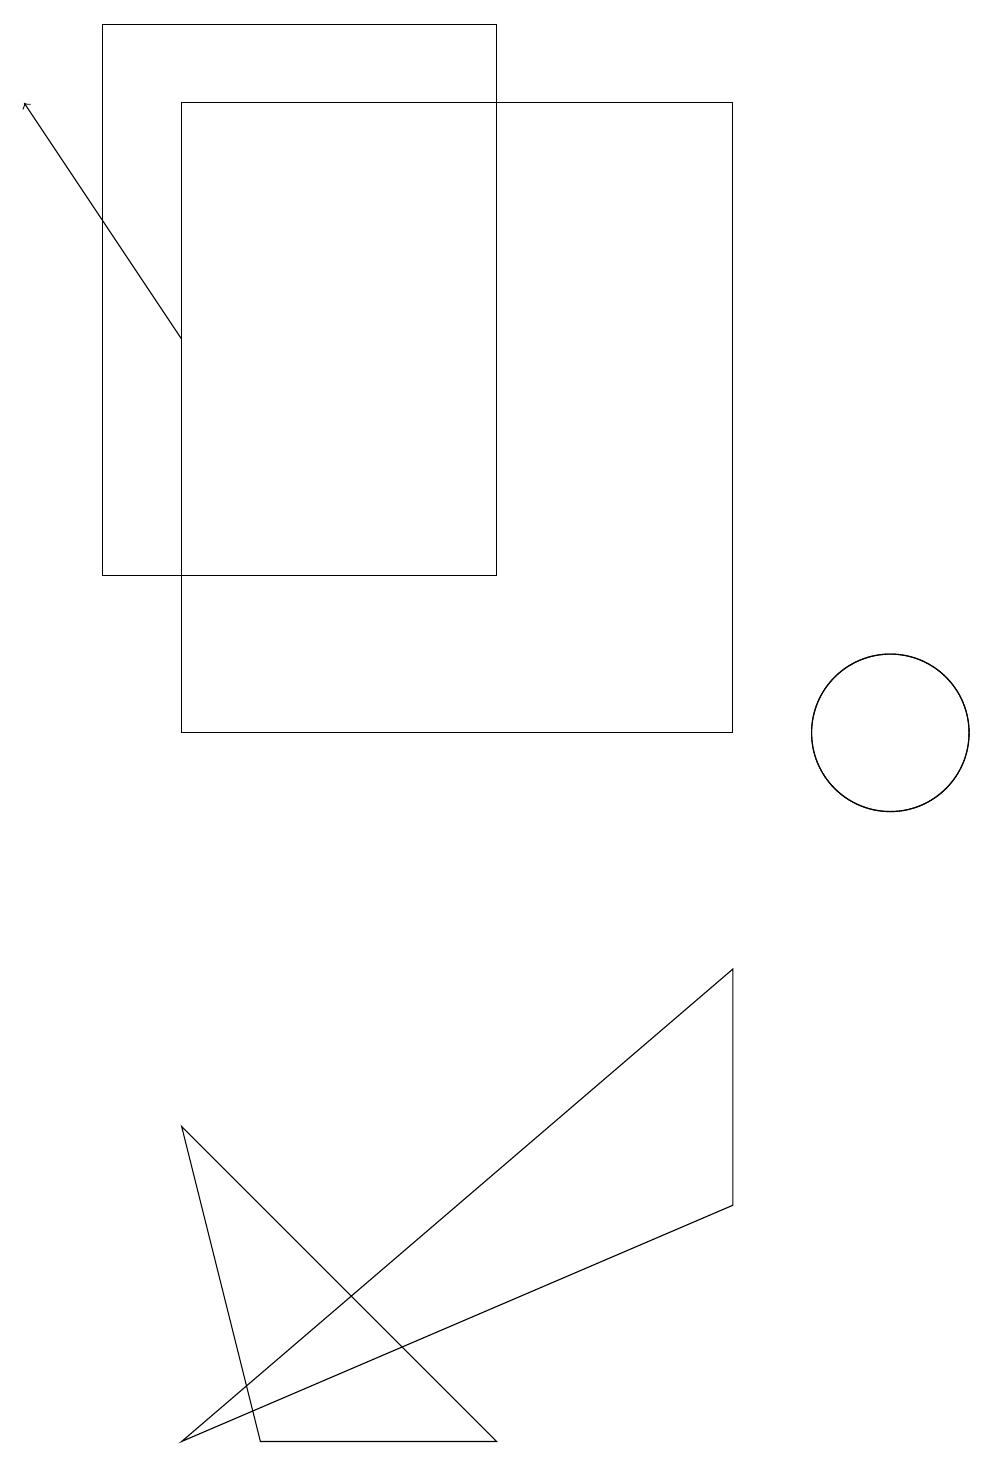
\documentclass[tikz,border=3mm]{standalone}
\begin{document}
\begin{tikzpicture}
\draw[->] (2,15) -- (0,18);
\draw (3,1) -- (2,5) -- (6,1) -- cycle;
\draw (2,1) -- (9,7) -- (9,4) -- cycle;
\draw (11,10) circle (1);
\draw (1,19) rectangle (6,12);
\draw (9,18) rectangle (2,10);
\draw (11,10) circle (1);
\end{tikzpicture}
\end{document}